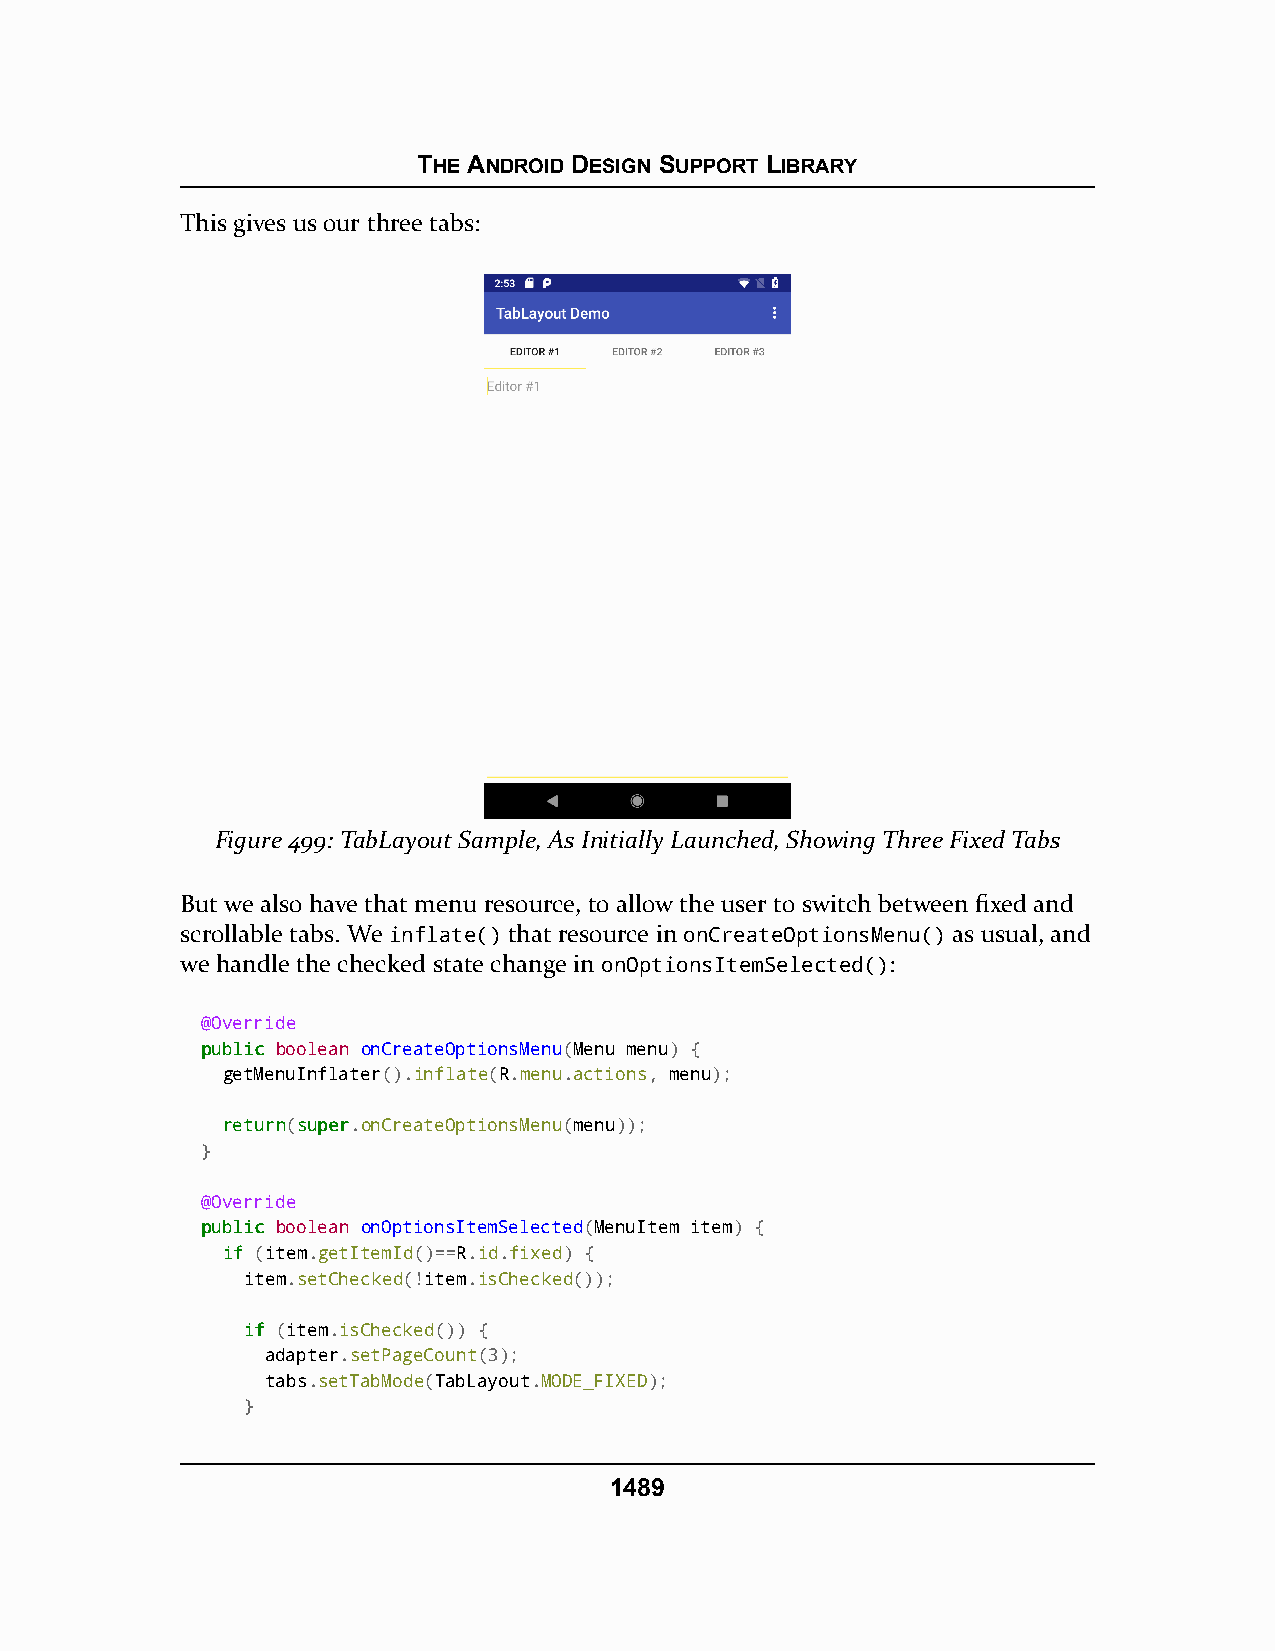
THE ANDROID DESIGN SUPPORT LIBRARY
 This gives us our three tabs:
 Figure 499: TabLayout Sample, As Initially Launched, Showing Three Fixed Tabs
 But we also have that menu resource, to allow the user to switch between fixed and
 scrollable tabs. We inflate() that resource in onCreateOptionsMenu() as usual, and
 we handle the checked state change in onOptionsItemSelected():
 @Override
 ppuubblliicc boolean onCreateOptionsMenu(Menu menu) {
 getMenuInflater().inflate(R.menu.actions, menu);
 rreettuurrnn(ssuuppeerr.onCreateOptionsMenu(menu));
 }
 @Override
 ppuubblliicc boolean onOptionsItemSelected(MenuItem item) {
 iiff (item.getItemId()==R.id.fixed) {
 item.setChecked(!item.isChecked());
 iiff (item.isChecked()) {
 adapter.setPageCount(3);
 tabs.setTabMode(TabLayout.MODE_FIXED);
 }
 1489